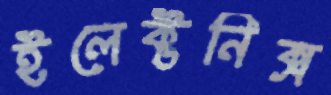
ইলেক্টনিক্স